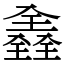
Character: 𠓾